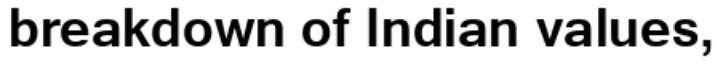
breakdown of Indian values,